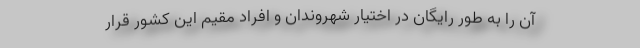
آن را به طور رایگان در اختیار شهروندان و افراد مقیمِ این کشور قرار